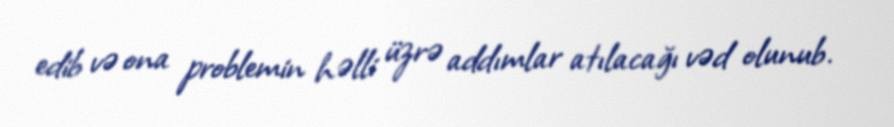
edib və ona problemin həlli üzrə addımlar atılacağı vəd olunub.